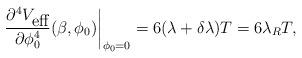
LaTeX: \begin{align*}\left.\frac{\partial^{4}V_{\mbox{eff}}}{\partial \phi_{0}^{4}}(\beta,\phi_{0})\right|_{\phi_{0}=0}=6(\lambda +\delta\lambda)T=6\lambda_{R}T,\end{align*}